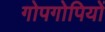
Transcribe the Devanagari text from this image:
गोपगोपियों